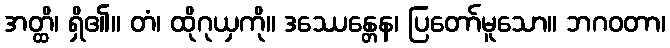
အတ္ထိ၊ ရှိ၏။ တံ၊ ထိုဂုယှကို။ ဒဿေန္တေန၊ ပြတော်မူသော။ ဘဂဝတာ၊